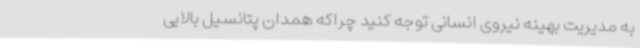
به مدیریت بهینه نیروی انسانی توجه کنید چراکه همدان پتانسیل بالایی